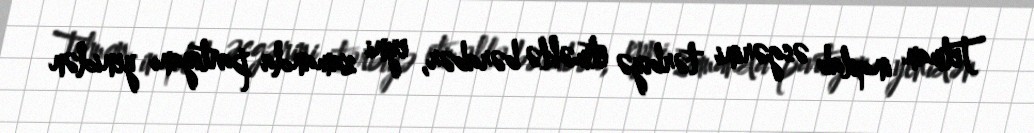
Telman inqilab əsgərini tərbiyə etməklə bərabər, eyni zamanda partiyanı yenidən